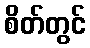
စိတ်တွင်